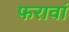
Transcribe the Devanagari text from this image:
फरावां